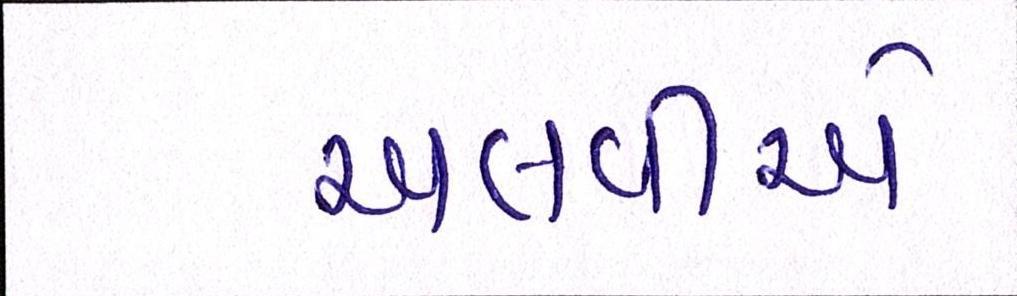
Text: અલવીએ